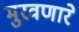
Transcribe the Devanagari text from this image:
मुरवणारे